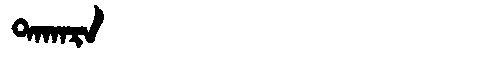
Manchu: ᡨᠠᡴᠠᡵᠠ
Romanization: TAKARA